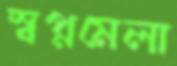
স্বপ্নমেলা